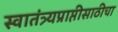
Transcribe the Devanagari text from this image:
स्वातंत्र्यप्राप्तीसाठीचा